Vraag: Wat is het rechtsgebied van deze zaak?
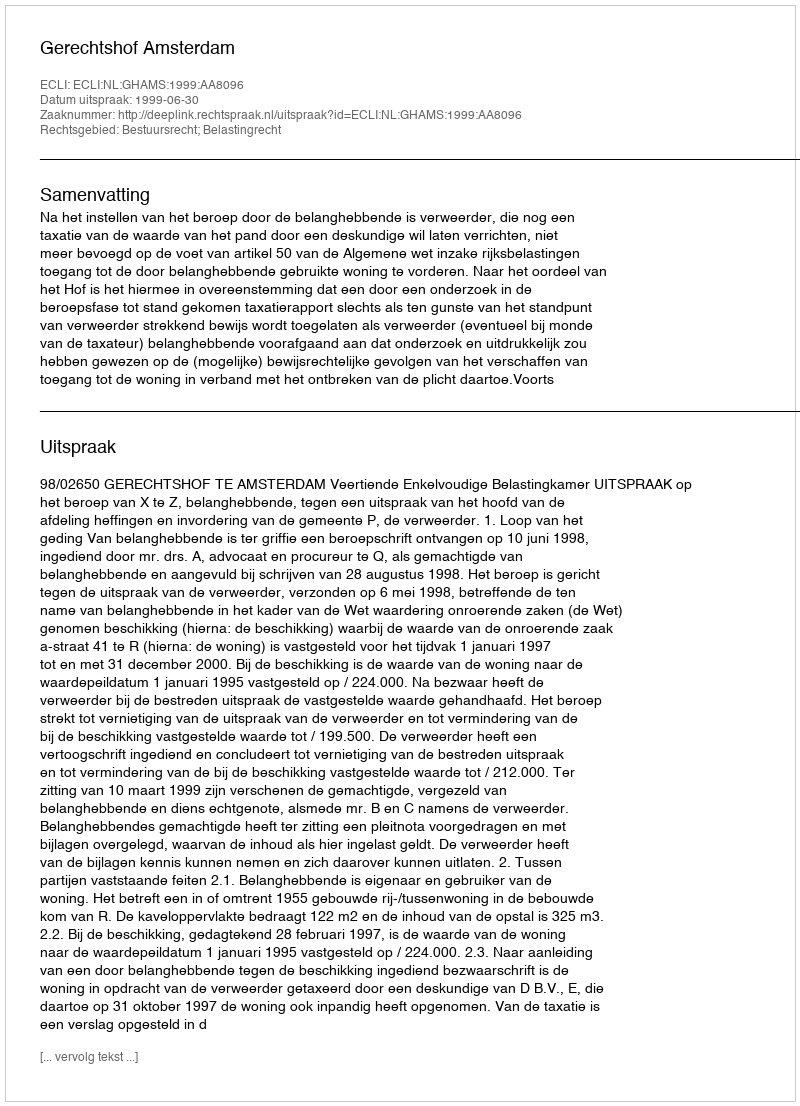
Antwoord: Bestuursrecht; Belastingrecht